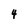
Character: 4